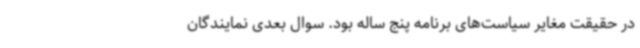
در حقیقت مغایر سیاست‌های برنامه پنج ساله بود. سوال بعدی نمایندگان